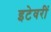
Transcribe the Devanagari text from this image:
इटेवरीं